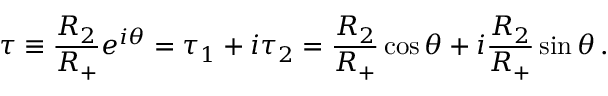
\tau \equiv \frac { R _ { 2 } } { R _ { + } } e ^ { i \theta } = \tau _ { 1 } + i \tau _ { 2 } = \frac { R _ { 2 } } { R _ { + } } \cos \theta + i \frac { R _ { 2 } } { R _ { + } } \sin \theta \, .